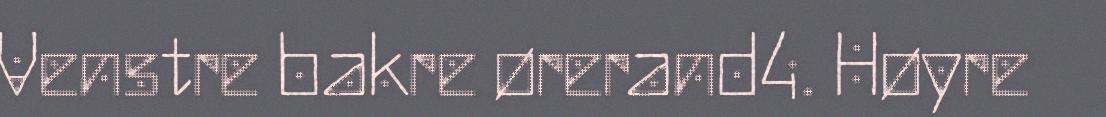
Venstre bakre ørerand4. Høyre